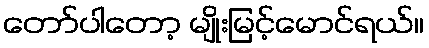
တော်ပါတော့ မျိုးမြင့်မောင်ရယ်။